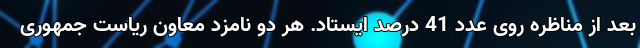
بعد از مناظره روی عدد 41 درصد ایستاد. هر دو نامزد معاون ریاست جمهوری